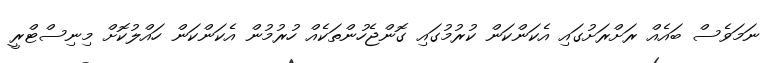
ނަމަވެސް ބައެއް ރަށްރަށުގައި އެކަންކަން ކުރުމުގައި ގޮންޖެހުންތަކެއް ހުރުމުން އެކަންކަން ހައްލުކޮށް މިނިސްޓްރީ